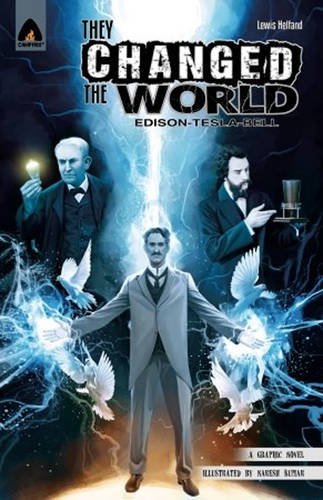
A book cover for They Changed the World: Bell, Edison and Tesla (Campfire Graphic Novels); Lewis Helfand; Teen & Young Adult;